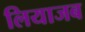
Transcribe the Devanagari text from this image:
लियाजब